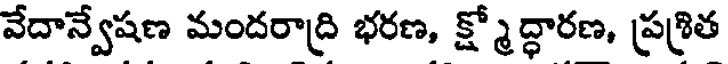
వేదాన్వేషణ మందరాద్రి భరణ, క్ష్మోద్ధారణ, ప్రశ్రిత